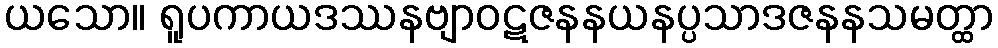
ယသော။ ရူပကာယဒဿနဗျာဝဋဇနနယနပ္ပသာဒဇနနသမတ္ထာ